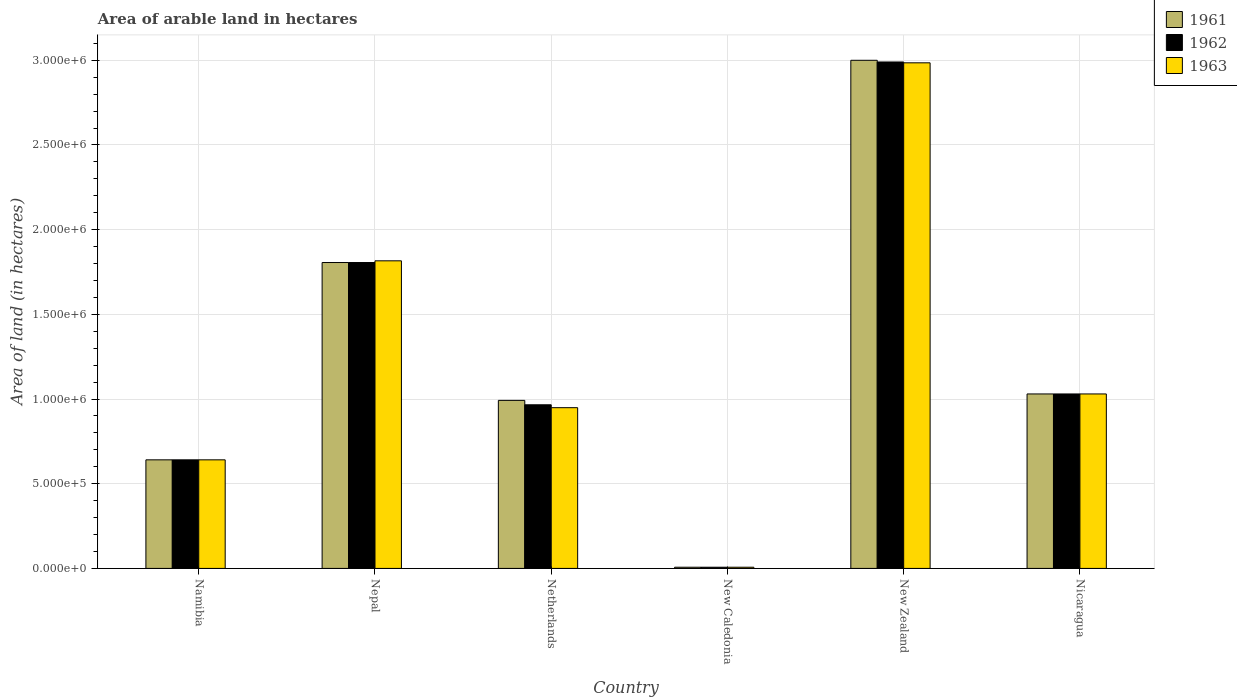
| Country | 1961 | 1962 | 1963 |
 | --- | --- | --- | --- |
 | Namibia | 6.41e+05 | 6.41e+05 | 6.41e+05 |
 | Nepal | 1.81e+06 | 1.81e+06 | 1.82e+06 |
 | Netherlands | 9.92e+05 | 9.66e+05 | 9.49e+05 |
 | New Caledonia | 7e+03 | 7e+03 | 7e+03 |
 | New Zealand | 3e+06 | 2.99e+06 | 2.98e+06 |
 | Nicaragua | 1.03e+06 | 1.03e+06 | 1.03e+06 |